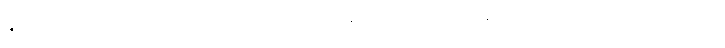
ဇာတ်ကားထဲက ကမ်းခြေမှာ သီချင်း သရုပ်ဖော်ခန်း တွေကလည်း မြန်မာပရိသတ်ရင်ထဲမှာ တင်ကျန်တဲ့